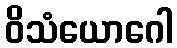
ဝိသံယောဂေါ